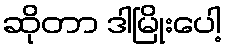
ဆိုတာ ဒါမြိုးပေါ့